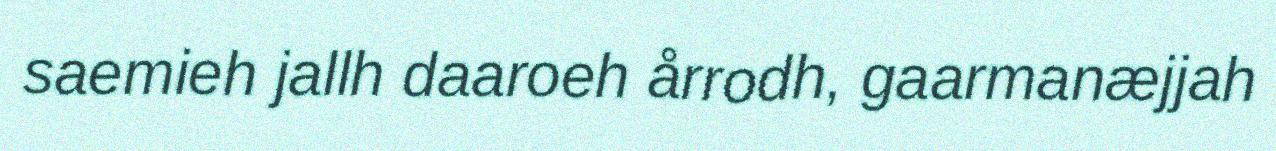
saemieh jallh daaroeh årrodh, gaarmanæjjah